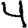
Digit: 4